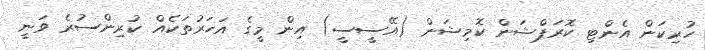
ހުރިކަން އެންޓި ކޮރަޕްޝަން ކޮމިޝަން (އޭސީސީ) އިން މީގެ އަހަރުތަކެއް ކުރިންސުރެ ވަނީ